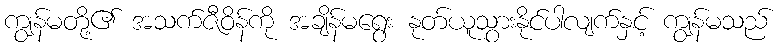
ကျွန်မတို့၏ အသက်ဇီဝိန်ကို အချိန်မရွေး နုတ်ယူသွားနိုင်ပါလျက်နှင့် ကျွန်မသည်